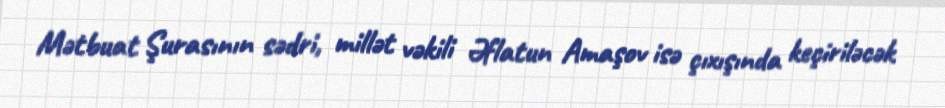
Mətbuat Şurasının sədri, millət vəkili Əflatun Amaşov isə çıxışında keçiriləcək